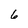
Character: 6